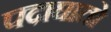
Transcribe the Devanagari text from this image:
पदाघातो